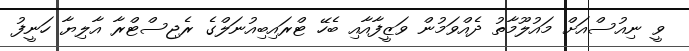
ވީ ނިއުސްއަށް މައުލޫމާތު ދެއްވަމުން ވަޒީފާއާއި ބެހޭ ޓްރައިބިއުނަލްގެ ރެޖިސްޓްރާ އާލިޔާ ހަނީފު